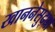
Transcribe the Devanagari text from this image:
खाननेसुद्धा